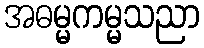
အဓမ္မကမ္မသညာ